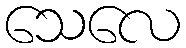
သေလေ